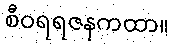
စီဝရရဇနကထာ။